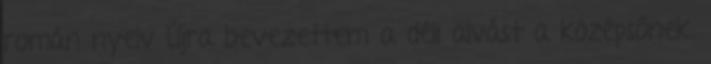
román nyelv Újra bevezettem a déli alvást a középsőnek.